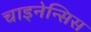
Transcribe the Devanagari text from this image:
चाइनेन्सिस